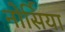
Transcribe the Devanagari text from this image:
नोर्सिया